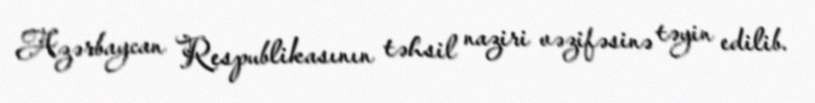
Azərbaycan Respublikasının təhsil naziri vəzifəsinə təyin edilib.